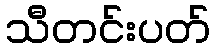
သီတင်းပတ်